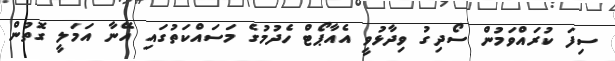
ސިފަ ކުރައްވަމުން ސޯދިގު ވިދާޅުވީ އެއާޕޯޓް ހެދުމުގެ މަސައްކަތުގައި އޭނާ އަމަލީ ގޮތުން